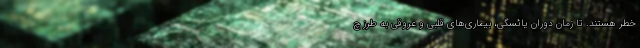
خطر هستند. تا زمان دوران یائسگی، بیماری‌های قلبی و عروقی به طرز چ